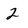
Character: 2